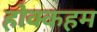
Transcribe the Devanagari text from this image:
होक्कहम